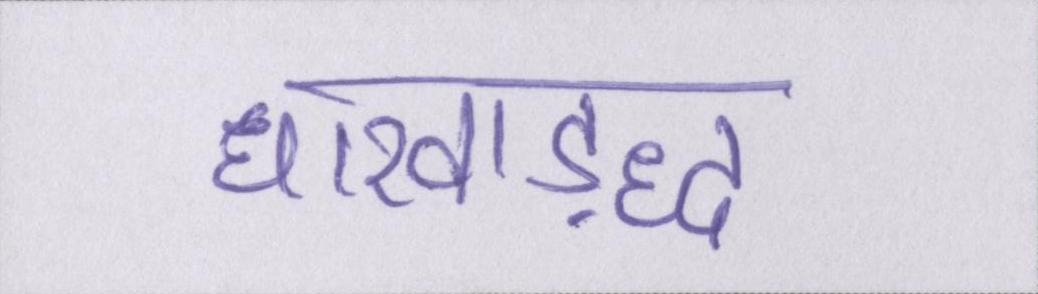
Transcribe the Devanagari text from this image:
धारवाड़द्ध